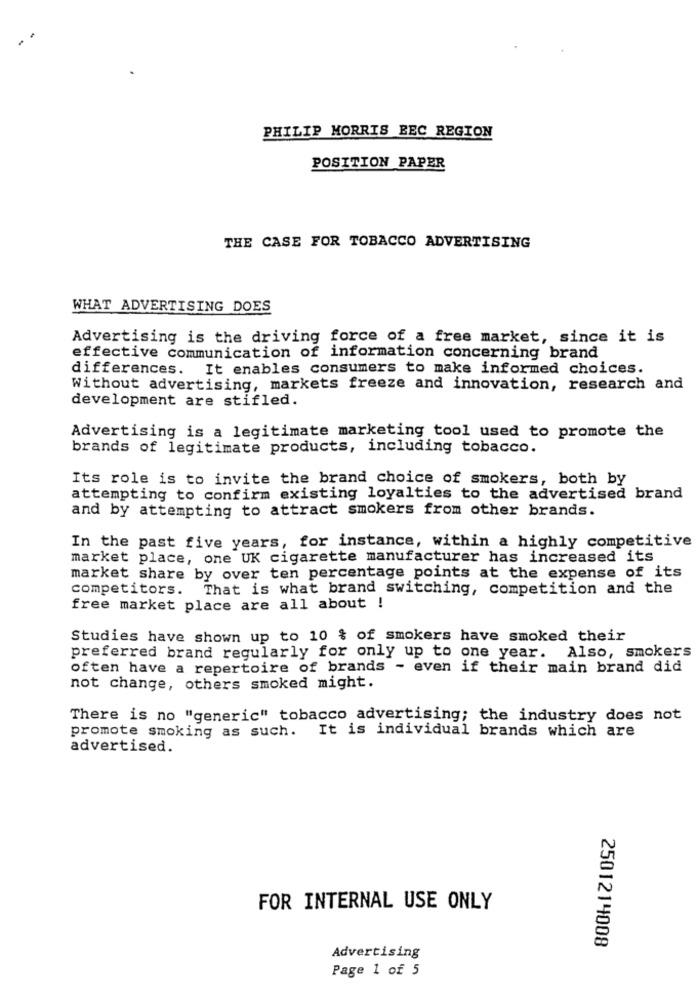
PHILIP MORRIS EEC REGION
POSITION PAPER
THE CASE FOR TOBACCO ADVERTISING
WHAT ADVERTISING DOES
Advertising is the driving force of a free market, since it is
effective communication of information concerning brand
differences. It enables consumers to make informed choices.
Without advertising, markets freeze and innovation, research and
development are stifled.
Advertising is a legitimate marketing tool used to promote the
brands of legitimate products, including tobacco.
Its role is to invite the brand choice of smokers, both by
attempting to confirm existing loyalties to the advertised brand
and by attempting to attract smokers from other brands.
In the past five years, for instance, within a highly competitive
market place, one UK cigarette manufacturer has increased its
market share by over ten percentage points at the expense of its
competitors.
That is what brand switching, competition and the
free market place are all about !
Studies have shown up to 10 & of smokers have smoked their
preferred brand regularly for only up to one year. Also, smokers
often have a repertoire of brands - even if their main brand did
not change, others smoked might.
There is no "generic" tobacco advertising; the industry does not
promote smoking as such. It is individual brands which are
advertised.
FOR INTERNAL USE ONLY
2501214008
Advertising
Page 1 of 5